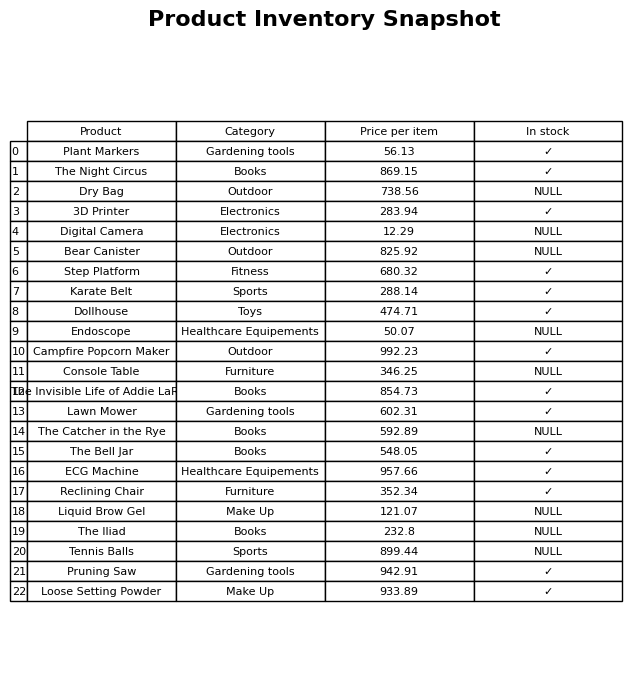
question: What is the price of the The Bell Jar?
answer: The price of The Bell Jar is 548.05.